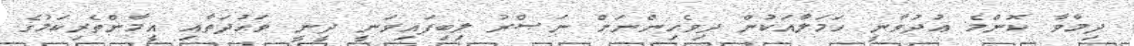
ދިމާވާ ކޮންމެ ޢުދުވާނީ ހަމަލާއަކުން ދިވެހިންނަށް ނަޞްރު ލިބިފައިވަނީ ދީނީ ވަޙުދަތާއި އީމާންތެރިކަމުގެ